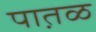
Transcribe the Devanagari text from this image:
पात़ळ